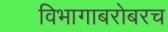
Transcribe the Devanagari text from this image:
विभागाबरोबरच